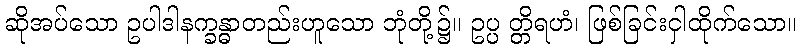
ဆိုအပ်သော ဥပါဒါနက္ခန္ဓာတည်းဟူသော ဘုံတို့၌။ ဥပ္ပ တ္တိရဟံ၊ ဖြစ်ခြင်းငှါထိုက်သော။